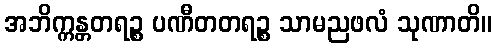
အဘိက္ကန္တတရဉ္စ ပဏီတတရဉ္စ သာမညဖလံ သုဏာတိ။